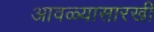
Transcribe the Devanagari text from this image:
आवळ्यासारखी